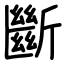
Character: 斷